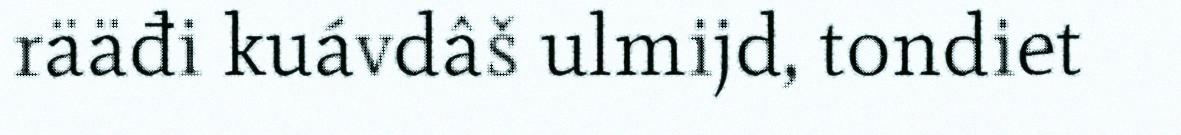
rääđi kuávdâš ulmijd, tondiet